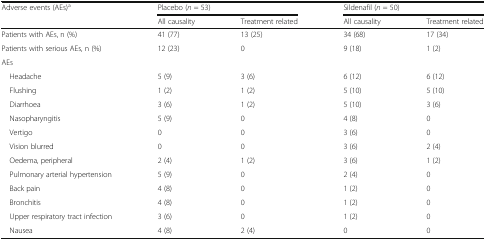
| <ROWSPAN=2> Adverse events (AEs)a | <COLSPAN=2> Placebo (n = 53) | <COLSPAN=2> Sildenafil (n = 50) |
 | All causality | Treatment related | All causality | Treatment related |
 | --- | --- | --- | --- | --- |
 | Patients with AEs, n (%) | 41 (77) | 13 (25) | 34 (68) | 17 (34) |
 | Patients with serious AEs, n (%) | 12 (23) | 0 | 9 (18) | 1 (2) |
 | <COLSPAN=5> AEs |
 | Headache | 5 (9) | 3 (6) | 6 (12) | 6 (12) |
 | Flushing | 1 (2) | 1 (2) | 5 (10) | 5 (10) |
 | Diarrhoea | 3 (6) | 1 (2) | 5 (10) | 3 (6) |
 | Nasopharyngitis | 5 (9) | 0 | 4 (8) | 0 |
 | Vertigo | 0 | 0 | 3 (6) | 0 |
 | Vision blurred | 0 | 0 | 3 (6) | 2 (4) |
 | Oedema, peripheral | 2 (4) | 1 (2) | 3 (6) | 1 (2) |
 | Pulmonary arterial hypertension | 5 (9) | 0 | 2 (4) | 0 |
 | Back pain | 4 (8) | 0 | 1 (2) | 0 |
 | Bronchitis | 4 (8) | 0 | 1 (2) | 0 |
 | Upper respiratory tract infection | 3 (6) | 0 | 1 (2) | 0 |
 | Nausea | 4 (8) | 2 (4) | 0 | 0 |